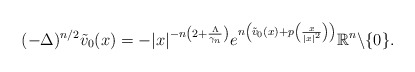
\begin{align*}(-\Delta)^{n/2}\tilde{v}_0(x)=-|x|^{-n\left(2+\frac{\Lambda}{\gamma_{n}}\right)}e^{n \left(\tilde{v}_0(x)+p\left(\frac{x}{|x|^2}\right)\right)} \mathbb{R}^n\backslash\{0\}.\end{align*}